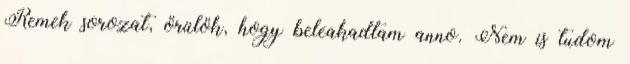
Remek sorozat, örülök, hogy beleakadtam anno. Nem is tudom